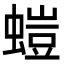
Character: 螘